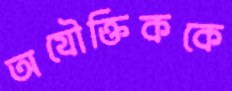
অযৌক্তিককে